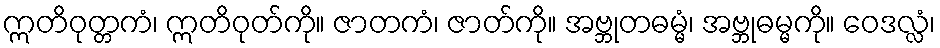
ဣတိဝုတ္တကံ၊ ဣတိဝုတ်ကို။ ဇာတကံ၊ ဇာတ်ကို။ အဗ္ဘုတဓမ္မံ၊ အဗ္ဘုဓမ္မကို။ ဝေဒလ္လံ၊